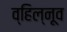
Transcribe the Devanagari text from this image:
व्हिल्नूव